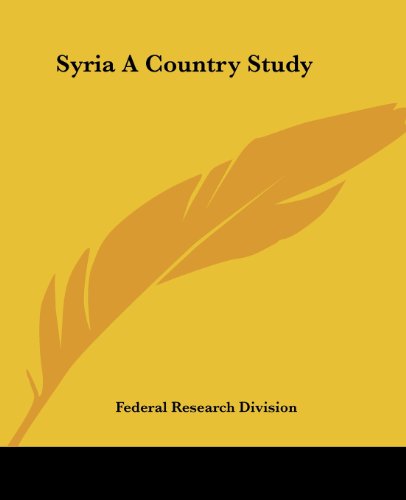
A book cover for Syria A Country Study; Federal Research Division; History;